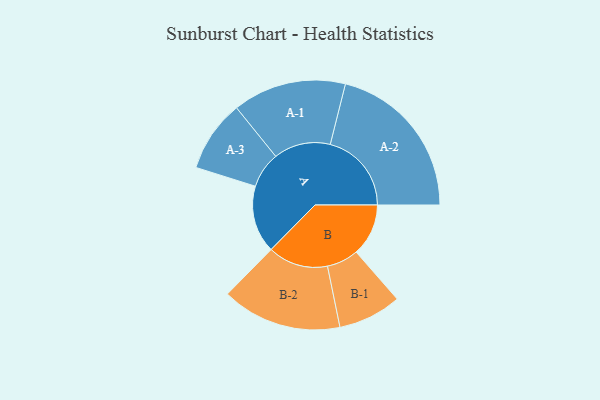
{"axis": {"x": "Segment", "y": "Value"}, "legend": ["", "A", "B"], "data": [{"x": "A", "y": 223, "type": ""}, {"x": "B", "y": 173, "type": ""}, {"x": "A-1", "y": 188, "type": "A"}, {"x": "A-2", "y": 269, "type": "A"}, {"x": "A-3", "y": 119, "type": "A"}, {"x": "B-1", "y": 105, "type": "B"}, {"x": "B-2", "y": 199, "type": "B"}]}